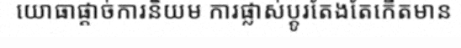
យោធាផ្តាច់ការនិយម ការផ្លាស់ប្តូរតែងតែកើតមាន